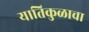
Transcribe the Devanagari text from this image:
यातिकुळाचा